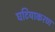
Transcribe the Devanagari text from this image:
घटियाकरण